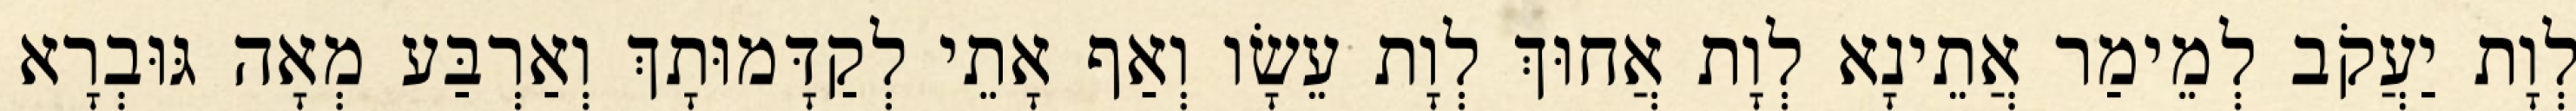
לְוָת יַעֲקֹב לְמֵימַר אֲתֵינָא לְוָת אֲחוּךְ לְוָת עֵשָׂו וְאַף אָתֵי לְקַדָּמוּתָךְ וְאַרְבַּע מְאָה גּוּבְרָא